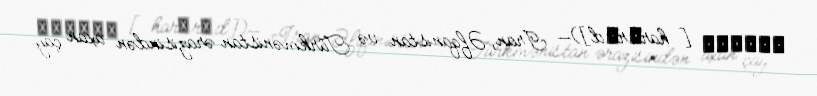
هریرود [harɛrʊd])— İran, Əfqanıstan və Türkmənistan ərazisindən axan çay.